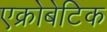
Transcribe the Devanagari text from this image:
एक्रोबेटिक